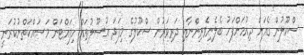
ސްކޫލުން ގެއަށް ދިއުމަށްފަހު ބެލެނިވެރިންނާއި ދަރިވަރުން ސްކޫލުގެ މިފަދަ އުސޫލުތައް ހިފައްޓަން މަސައްކަތްނުކުރަނީ